Scottish Certificate of Education, 1962
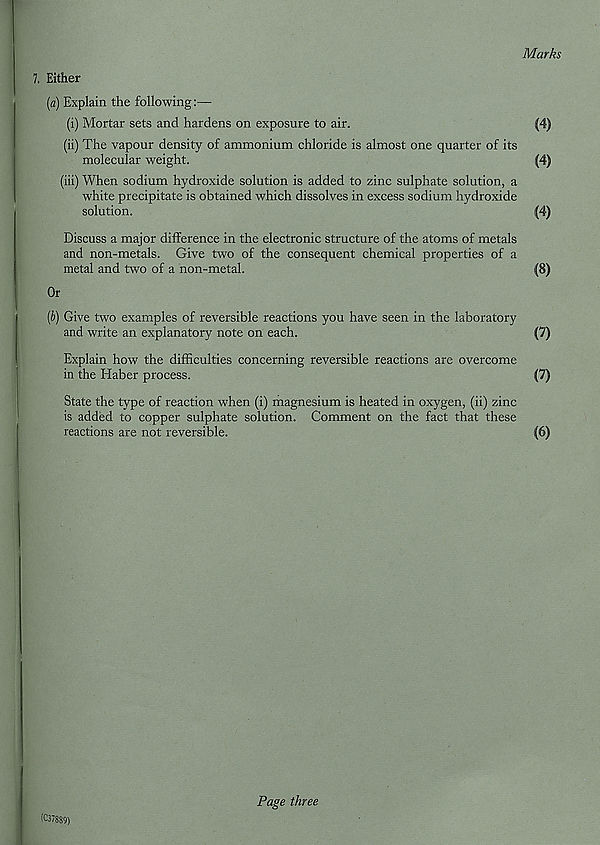
Marks
7. Either
[a) Explain the following:—
(i) Mortar sets and hardens on exposure to air.
(4)
(ii) The vapour density of ammonium chloride is almost one quarter of its
molecular weight.
(4)
(iii) When sodium hydroxide solution is added to zinc sulphate solution, a
white precipitate is obtained which dissolves in excess sodium hydroxide
solution.
(4)
Discuss a major difference in the electronic structure of the atoms of metals
and non-metals. Give two of the consequent chemical properties of a
metal and two of a non-metal.
(8)
Or
(A) Give two examples of reversible reactions you have seen in the laboratory
and write an explanatory note on each.
(7)
Explain how the difficulties concerning reversible reactions are overcome
in the Haber process.
(7)
State the type of reaction when (i) magnesium is heated in oxygen, (ii) zinc
is added to copper sulphate solution. Comment on the fact that these
reactions are not reversible.
(6)
(C37889)
Pape three